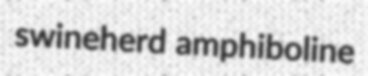
swineherd amphiboline